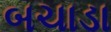
બચાડા